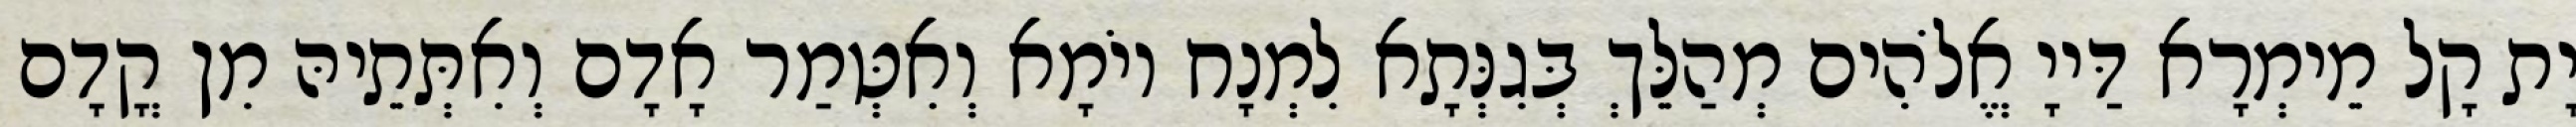
יָת קָל מֵימְרָא דַּייָ אֱלֹהִים מְהַלֵּךְ בְּגִנְּתָא לִמְנָח יוֹמָא וְאִטְּמַר אָדָם וְאִתְּתֵיהּ מִן קֳדָם